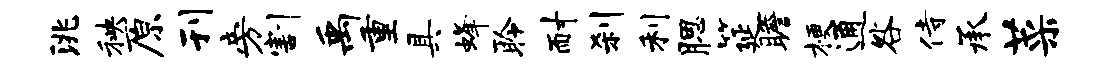
洮秧原刊旁割禹重具蜂聆耐刹利腮筵瞻梗通咎侍承菜